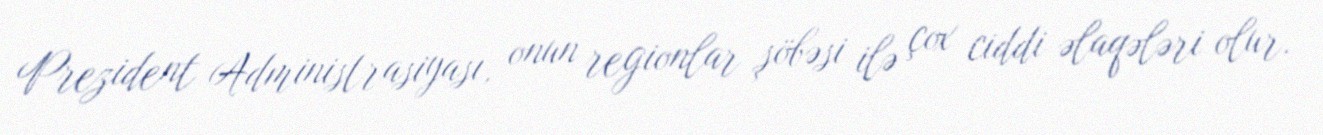
Prezident Administrasiyası, onun regionlar şöbəsi ilə çox ciddi əlaqələri olur.